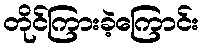
တိုင်ကြားခဲ့ကြောင်း